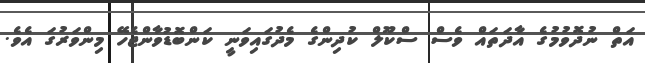
އަތް ނުދޮވުމުގެ އާދަތައް ވެސް ސްކޫލް ކުދިންގެ މެދުގައިވަނީ ކަންބޮޑުވާންޖެހޭ މިންވަރުގަ އެވެ.